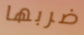
ضربها